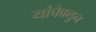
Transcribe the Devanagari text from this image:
यांचेकडुन